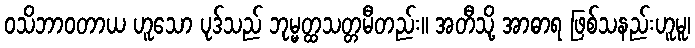
ဝသိဘာဝတာယ ဟူသော ပုဒ်သည် ဘုမ္မတ္ထသတ္တမီတည်း။ အတီသို့ အာဓာရ ဖြစ်သနည်းဟူမူ၊